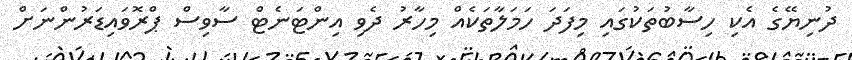
ދުނިޔޭގެ އެކި ހިސާބުތަކުގައި މިފަދަ ހަމަލާތަކެއް މިހާރު ދެވި އިންޓަނެޓް ސާވިސް ޕްރޮވައިޑަރުންނަށް